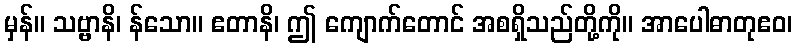
မှန်။ သဗ္ဗာနိ၊ န်သော။ ဧတာနိ၊ ဤ ကျောက်တောင် အစရှိသည်တို့ကို။ အာပေါဓာတုဧဝ၊